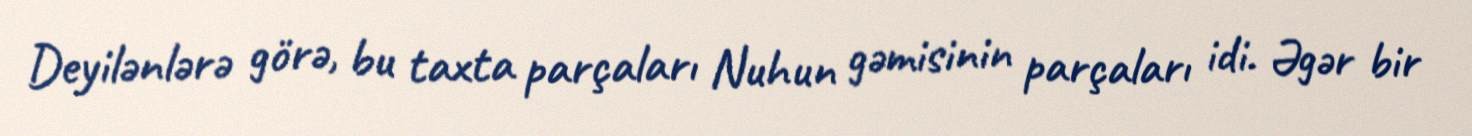
Deyilənlərə görə, bu taxta parçaları Nuhun gəmisinin parçaları idi. Əgər bir